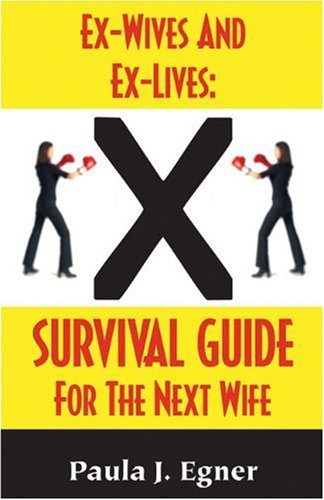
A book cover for Ex-Wives and Ex-Lives: Survival Guide for the Next Wife; Paula J. Egner; Parenting & Relationships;